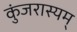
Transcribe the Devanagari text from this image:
कुंजरास्यम्